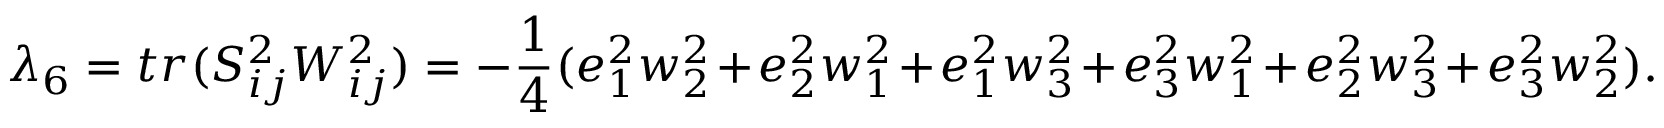
\lambda _ { 6 } = t r ( S _ { i j } ^ { 2 } W _ { i j } ^ { 2 } ) = - \frac 1 4 ( e _ { 1 } ^ { 2 } w _ { 2 } ^ { 2 } + e _ { 2 } ^ { 2 } w _ { 1 } ^ { 2 } + e _ { 1 } ^ { 2 } w _ { 3 } ^ { 2 } + e _ { 3 } ^ { 2 } w _ { 1 } ^ { 2 } + e _ { 2 } ^ { 2 } w _ { 3 } ^ { 2 } + e _ { 3 } ^ { 2 } w _ { 2 } ^ { 2 } ) .